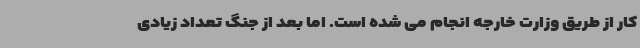
کار از طریق وزارت خارجه انجام می شده است. اما بعد از جنگ تعداد زیادی